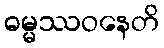
ဓမ္မဿဝနေတိ